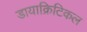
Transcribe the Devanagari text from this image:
डायाक्रिटिकल